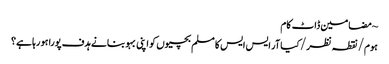
~ مضامین ڈاٹ کام
ہوم/نقطہ نظر/کیا آر ایس ایس کا مسلم بچیوں کو اپنی بہو بنانے ہدف پورا ہو رہا ہے؟